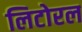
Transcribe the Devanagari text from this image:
लिटोरल